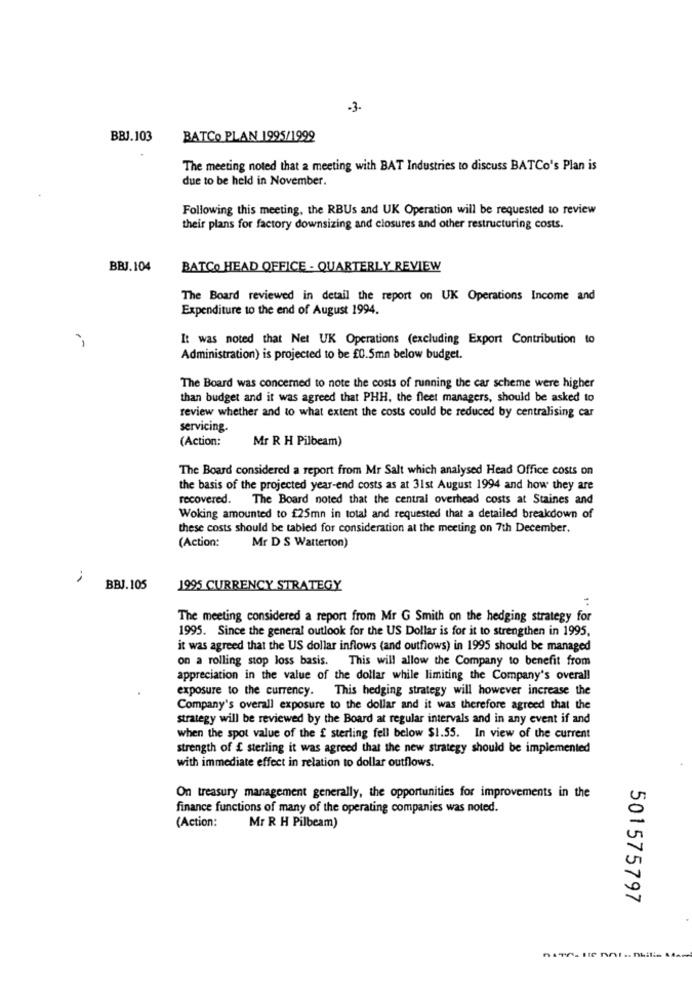
-3.
BBJ.103
BATCO PLAN 1995/1999
The meeting noted that a meeting with BAT Industries to discuss BATCo's Plan is
due to be held in November.
Following this meeting, the RBUs and UK Operation will be requested to review
their plans for factory downsizing and closures and other restructuring costs.
BBJ.104
BATCO HEAD OFFICE - QUARTERLY REVIEW
The Board reviewed in detail the report on UK Operations Income and
Expenditure to the end of August 1994.
It was noted that Net UK Operations (excluding Export Contribution to
Administration) is projected to be £0.5mn below budget.
The Board was concerned to note the costs of running the car scheme were higher
than budget and it was agreed that PHH, the fleet managers, should be asked to
review whether and to what extent the costs could be reduced by centralising car
servicing.
(Action:
Mr R H Pilbeam)
The Board considered a report from Mr Salt which analysed Head Office costs on
the basis of the projected year-end costs as at 31st August 1994 and how they are
recovered. The Board noted that the central overhead costs at Staines and
Woking amounted to £25mn in total and requested that a detailed breakdown of
these costs should be tabled for consideration at the meeting on 7th December.
(Action:
Mr D S Watterton)
BBJ.105
1995 CURRENCY STRATEGY
The meeting considered a report from Mr G Smith on the hedging strategy for
1995. Since the general outlook for the US Dollar is for it to strengthen in 1995,
it was agreed that the US dollar inflows (and outflows) in 1995 should be managed
on a rolling stop loss basis. This will allow the Company to benefit from
appreciation in the value of the dollar while limiting the Company's overall
exposure to the currency. This hedging strategy will however increase the
Company's overall exposure to the dollar and it was therefore agreed that the
strategy will be reviewed by the Board at regular intervals and in any event if and
when the spot value of the £ sterling fell below $1.55. In view of the current
strength of £ sterling it was agreed that the new strategy should be implemented
with immediate effect in relation to dollar outflows.
On treasury management generally, the opportunities for improvements in the
finance functions of many of the operating companies was noted.
(Action:
Mr R H Pilbeam)
501575797